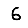
Digit: 6